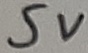
Text: 5V